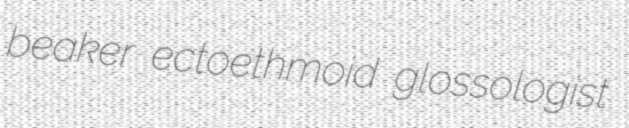
beaker ectoethmoid glossologist